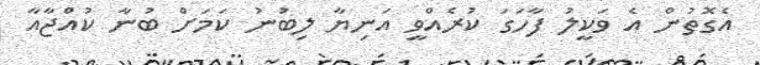
އެގޮތުން އެ ވަކީލު ފާހަގަ ކުރެއްވީ އަނިޔާ ލިބުނު ކަމަށް ބުނާ ކުއްޖާއާ